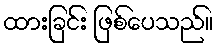
ထားခြင်း ဖြစ်ပေသည်။